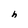
Character: h